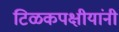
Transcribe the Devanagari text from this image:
टिळकपक्षीयांनी